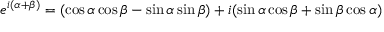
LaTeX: e ^ { i ( \alpha + \beta ) } = ( \cos \alpha \cos \beta - \sin \alpha \sin \beta ) + i ( \sin \alpha \cos \beta + \sin \beta \cos \alpha )